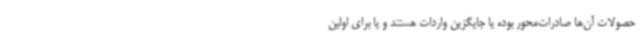
حصولات آن‌ها صادرات‌محور بوده یا جایگزین واردات هستند و یا برای اولین